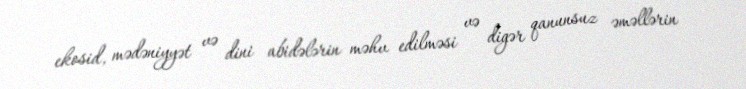
ekosid, mədəniyyət və dini abidələrin məhv edilməsi və digər qanunsuz əməllərin